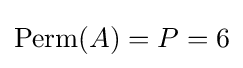
\operatorname {Perm} (A)=P=6